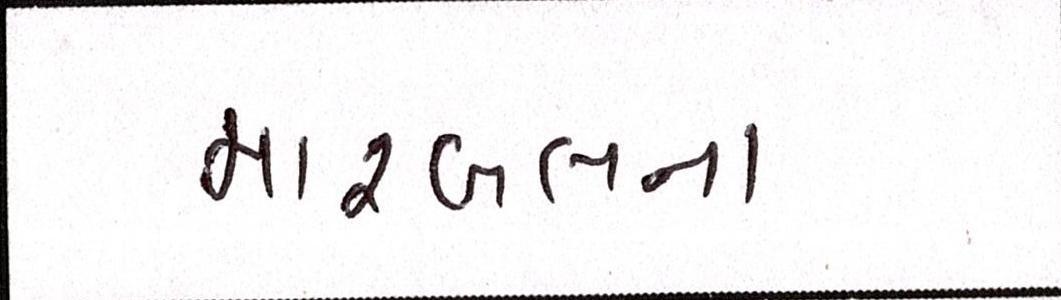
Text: મારબલના